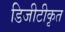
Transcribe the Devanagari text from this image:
डिजीटीकृत